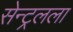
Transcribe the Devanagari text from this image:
सेन्ट्रलला